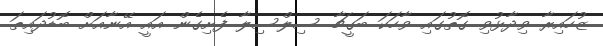
ޒުހައިރާ ވިދާޅުވި ގޮތުގައި ވާހަކަ ބަގީޗާ ސިލްސިލާ ފެށިގެން އައީ އޭނާއަށް ބޮޑުދައިތަ